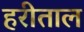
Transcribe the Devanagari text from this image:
हरीताल